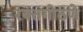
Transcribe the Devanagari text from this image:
रक्तगोठणे